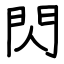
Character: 閃